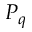
P _ { q }